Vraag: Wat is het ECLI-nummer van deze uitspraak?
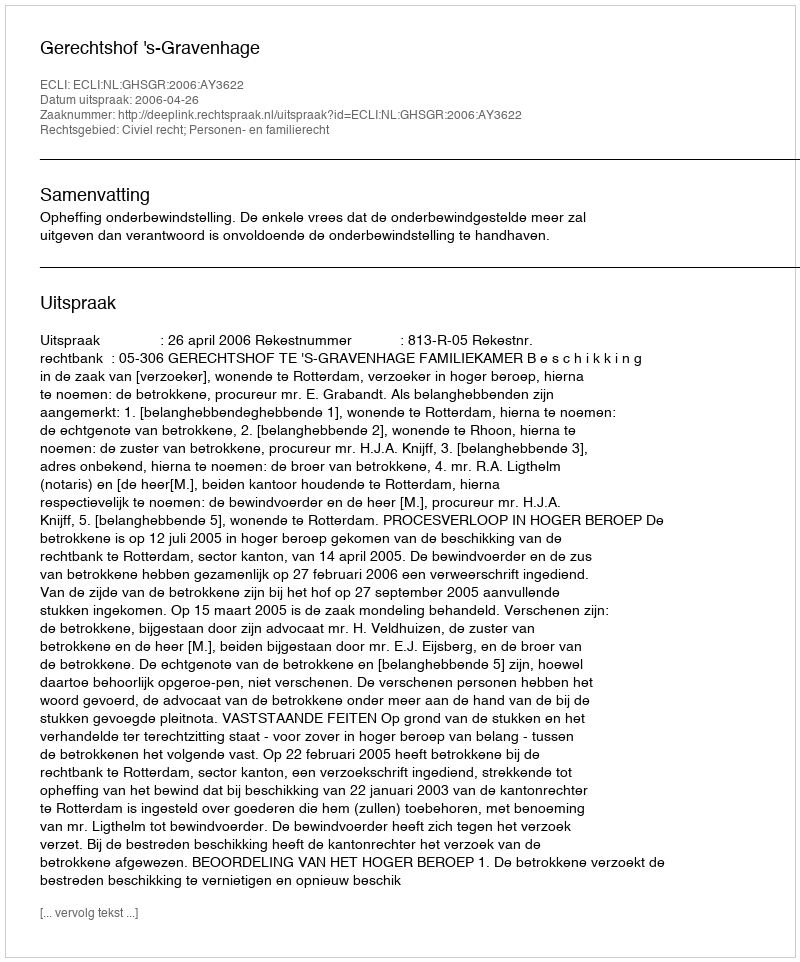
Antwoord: ECLI:NL:GHSGR:2006:AY3622